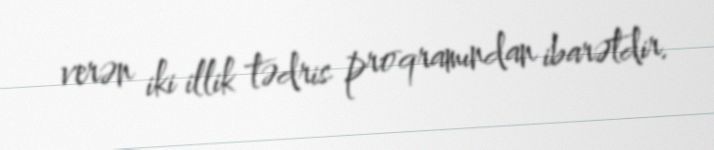
verən iki illik tədris proqramından ibarətdir.